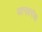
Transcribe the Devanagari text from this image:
जानावरांचा